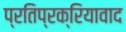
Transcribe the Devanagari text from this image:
प्रतिप्रक्रियावाद